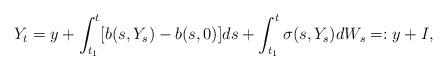
LaTeX: \begin{align*}Y_t = y + \int_{t_1}^t [b(s,Y_s) - b(s,0)]ds + \int_{t_1}^t \sigma(s,Y_s)dW_s =: y + I,\end{align*}